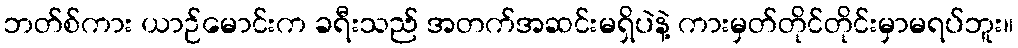
ဘတ်စ်ကား ယာဉ်မောင်းက ခရီးသည် အတက်အဆင်းမရှိပဲနဲ့ ကားမှတ်တိုင်တိုင်းမှာမရပ်ဘူး။